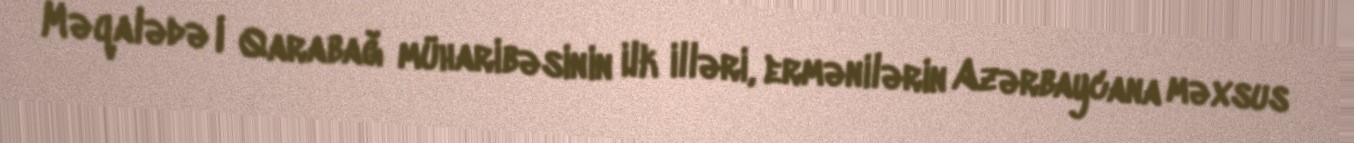
Məqalədə I Qarabağ müharibəsinin ilk illəri, ermənilərin Azərbaycana məxsus